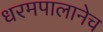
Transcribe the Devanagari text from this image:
धरमपालानेच